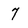
Character: 7